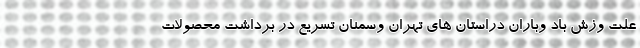
علت وزش باد وباران دراستان های تهران وسمنان تسریع در برداشت محصولات